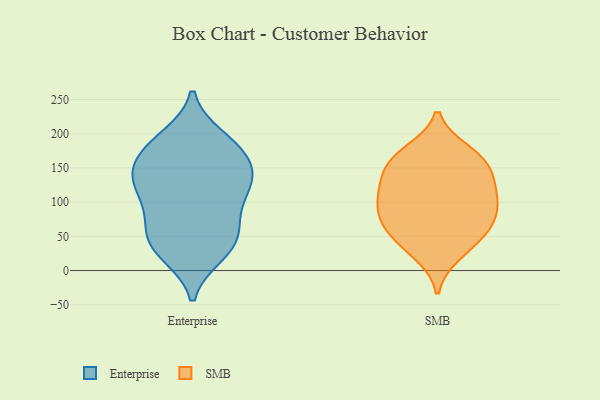
{"axis": {"x": "Market Share (%)", "y": "Value"}, "legend": ["Enterprise", "SMB"], "data": [{"x": "", "y": 133, "type": "Enterprise"}, {"x": "", "y": 120, "type": "Enterprise"}, {"x": "", "y": 120, "type": "Enterprise"}, {"x": "", "y": 32, "type": "Enterprise"}, {"x": "", "y": 195, "type": "Enterprise"}, {"x": "", "y": 61, "type": "Enterprise"}, {"x": "", "y": 49, "type": "Enterprise"}, {"x": "", "y": 166, "type": "Enterprise"}, {"x": "", "y": 185, "type": "Enterprise"}, {"x": "", "y": 25, "type": "Enterprise"}, {"x": "", "y": 75, "type": "Enterprise"}, {"x": "", "y": 152, "type": "Enterprise"}, {"x": "", "y": 52, "type": "Enterprise"}, {"x": "", "y": 90, "type": "Enterprise"}, {"x": "", "y": 192, "type": "Enterprise"}, {"x": "", "y": 117, "type": "Enterprise"}, {"x": "", "y": 23, "type": "Enterprise"}, {"x": "", "y": 165, "type": "Enterprise"}, {"x": "", "y": 127, "type": "Enterprise"}, {"x": "", "y": 153, "type": "Enterprise"}, {"x": "", "y": 90, "type": "SMB"}, {"x": "", "y": 133, "type": "SMB"}, {"x": "", "y": 25, "type": "SMB"}, {"x": "", "y": 57, "type": "SMB"}, {"x": "", "y": 119, "type": "SMB"}, {"x": "", "y": 72, "type": "SMB"}, {"x": "", "y": 166, "type": "SMB"}, {"x": "", "y": 160, "type": "SMB"}, {"x": "", "y": 62, "type": "SMB"}, {"x": "", "y": 100, "type": "SMB"}, {"x": "", "y": 91, "type": "SMB"}, {"x": "", "y": 39, "type": "SMB"}, {"x": "", "y": 173, "type": "SMB"}, {"x": "", "y": 154, "type": "SMB"}, {"x": "", "y": 121, "type": "SMB"}]}